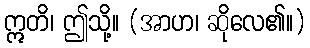
ဣတိ၊ ဤသို့။ (အာဟ၊ ဆိုလေ၏။)